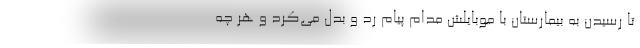
تا رسیدن به بیمارستان با موبایلش مدام پیام رد و بدل می‌کرد و هر چه